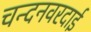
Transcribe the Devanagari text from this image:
चन्दनवरदाई